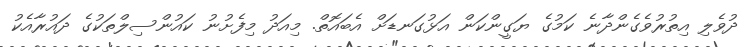
ދުވެލި އިތުރުވެގެންދާނެ ކަމުގެ ޔަގީންކަން އަޅުގަނޑަށް އެބައޮތް. މިއަދު މިފެށުނު ކައުންސިލްތަކުގެ ދައުރާއެކު